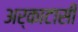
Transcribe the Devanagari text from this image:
अर्काटासी